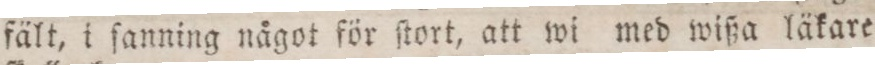
fält, i ſanning något för ſtort, att wi med wißa läkare